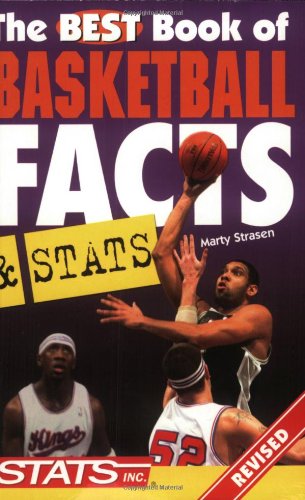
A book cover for The Best Book of Basketball Facts and Stats (Best Book of Basketball Facts & STATS); Marty Strasen; Sports & Outdoors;